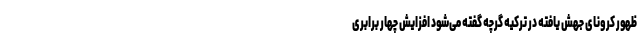
ظهور کرونای جهش یافته در ترکیه‌ گرچه گفته می‌شود افزایش چهار برابری